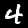
Digit: 4